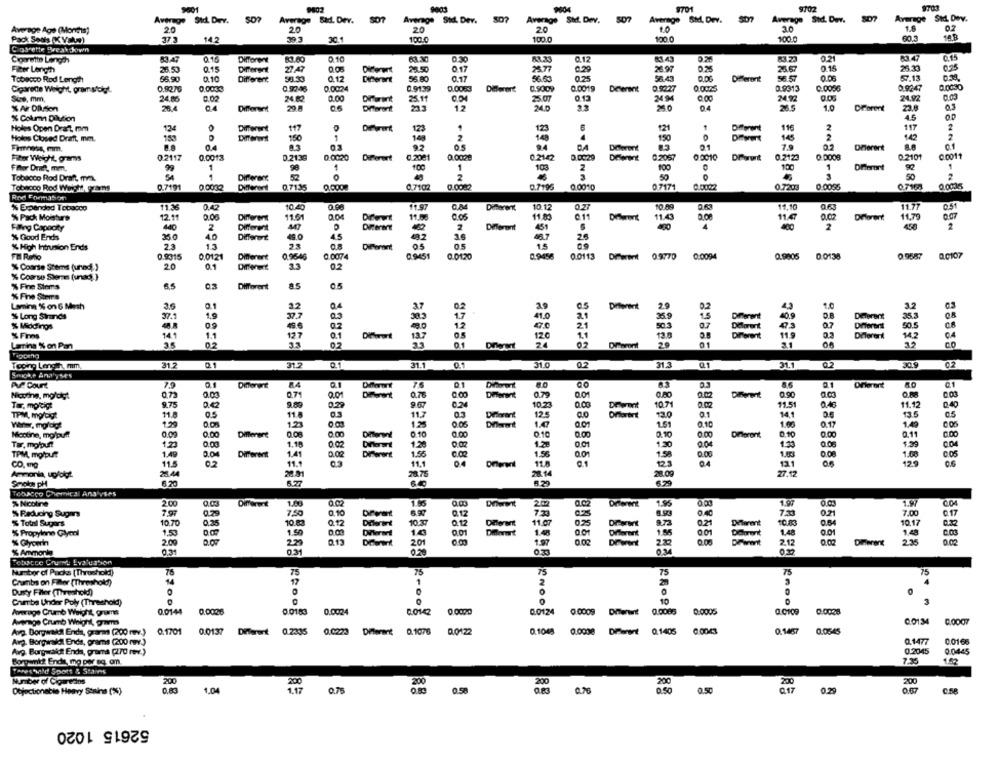
9701
9102
9001
9802
9003
9804
Average Sid. Diev. 507
Average Sid. Dev.
Average Std. Dev.
Average Sted. Dev.
507
Average 5M, Derv.
Average Std. Dev.
807
Average Std. Dev.
Average Age (Months)
20
20
20
20
10
1.8
Pack Seuls (K Vale)
37.3
14.2
20.4
100.0
100.0
100 0
100.0
441
Ciosrette Break Sown
Cigarette Length
83.47
Different
0.10
0.30
83.33
0.12
81.43
83.23
6347
0.15
Filter Length
26.53
0.15
2747
Different
23.50
25.77
0.29
26 97
26.57
0.15
02
0.10
33.33
53.43
56.57
0.06
57.13
Tobacco Rod Length
56.90
Different
0.12
Diferent
Different
Cigarette Weight gramsfolgt.
0.9270
0,0053
0.9246
0.0024
0.9139
0.0083
Different
0.9009
0.0019
D.9227
0.0075
0.9313
0.0036
0.92:47
0.0030
Size. mm,
24.86
0.02
24.82
0.00
25.11
25.07
0.13
34.94
0.00
24.92
0.06
24.92
% AFr Dllusion
28.4
04
Different
20 8
Diferent
12
24.0
04
26
1.0
Different
23.8
03
4.5
% Column Dilution
Holes Open Draft, mm
124
O
Different
Diegrant
123
123
121
Different
116
2
117
2
Holos Closed Draft mm.
150
2
140
4
150
145
2
142
2
04
92
05
94
BA
Dowrent
7.0
Dherent
Fiber Weight, grams
0.2117
0.0013
D.21:39
0.0020
Different
0.2001
0.0029
0.2142
0.00:29
0.2057
00010
DiPorent
0.2123
02101
0.0011
Ffor Oneh, mm.
99
1
98
1
103
100
1
Tobacco Rod Draft. m.
54
Different
52
88
2
50
50
Tobacco Rod Weight wns
0.7191
0 0032
Different
0.7135
0.0000
0.7102
0.0082
0.7195
0.0010
0.7171
0.0002
0.7203
0 0035
0.7168
0.0036
Ree Formation
% Expended Tobacco
11.36
0.42
10.40
0.98
11.9
Different
10.12
10.89
11.10
0.63
11.77
O.S
0.04
Co
% Pack Moisture
12.11
0.06
Different
11.61
11.83
Diferent
11.43
11.47
Drforent
11,79
0.07
Faling Capacity
440
2
Different
DReret
2
Different
451
4
400
2
% Good Ends
40
Different
45
36
26
% High Intrusion Ends
23
23
Diffwant
05
15
0.9315
0.0121
Different
0.9546
0.0074
01451
0.0120
0.9456
0.0113
Diferent 0.9770
0:0094
0.9606
20130
0.9587
00107
% Coarse Stems (unac) )
20
0.1
Different
3.3
0.2
% Coarse Sterns (unad) )
% Fine Stems
es
03
Different
8.5
05
% Fine Stema
Laming % on 6 Mash
3.6
32
Q4
2.9
Diferent
2.9
0.2
1.0
3.2
1.9
37
% Long Strands
37.
41.0
15
Different
Deterent
35.3
% Middings
09
12
47.0
21
Dieflorent
07
Diferent
50.5
% Finns
14.1
1.1
12.7
0.1
13.7
120
1.1
12.0
Different
11.9
Diferent
142
Lanina % on Pan
02
33
02
33
0.1
24
29
31
32
Icong Length mm.
31.2
0.1
31.2
01
31.1 0.1
0.1
31.0
02
31.3
Q1
31.1
0.2
30.9
Smoke Analyse's
Avf Court
7.9
0.1
Different
0.1
Different
76
8.0
63
03
0.1
Different
0.00
0.0
Diferent
0.75
0.00
Different
0.79
0.90
Tar. moltigt
9.75
0.42
9.89
0.29
9.67
0.24
10.23
0.03
10.71
11.51
0.48
11.12
0.40
TPM, mg/cigt
0.5
11.8
11.7
03
12.5
Differentt
130
0.1
14,1
13.5
11.8
125
1.55
147
1.51
0.17
1,49
Nicotine, mollpuff
0.00
0.00
Different
0.08
0.00
0.10
0.10
0.10
Dinoront
0.10
0.11
Tar, molouft
123
1.18
0.02
1.20
1.28
001
0.04
130
TPM, motpult
1.49
0.04
Differentt
1.41
0.02
Diferent
1.55
1.56
0.01
1.50
0.08
1.60
0.08
1.08
CO, mg
11.5
02
11.1
11.1
Diferent
11.8
0.1
04
121
12.9
Ammonia, upfolgt.
25.44
28.81
28.76
28.14
28.00
27.12
Smoke pH
6.29
6.2
Tobacco Chemical Analyses
% Nicotine
2.00
1.60
0.00
1.95
1.97
0.Ca
1.97
C.04
% Reducing Sugmrs
7.97
0.79
7,5
0.10
Dreat
0.12
7.30
0.4C
7.30
0.21
7.00
0.17
10.70
0.35
0.12
10.37
8.73
0.21
Diferent
10.17
% Total Sugars
10.83
Diferent
0.12
11.07
10.83
0.64
% Propylene Glycol
1.50
Diferent
0.01
Diformt
1.40
1.85
Dobrent
1.48
0.01
1.48
2.00
0.07
220
201
1.97
Drwent
2.32
0.05
Drawit
2.12
Different
2.35
0.02
% Ammonia
0.31
0.31
0.20
Tebacce Crum! Lvaluation
Number of Packs [Threshold)
75
75
76
75
75
75
75
Crumbs on Filler [Threshold)
14
12
1
2
20
Dusty Filer (Threshold)
Cherba Under Poly (Threshold)
10
3
Average Crumb Weight, grunnet
0.0144
0.0006
0.0183
0.0024
0.0142 0.0000
0.0124
0:0009 Diferentt
0.0085
0:0005
0:0088
Average Crumb Weight, gram
0.0134
Avg. Borgerakal Enda, gramma (200 mv.)
0.1701
0.0137 Different 0.2335 0.0223 Different 0.1076 0.0422
0.1048
0.0000 Diferent
0.1405
0.1467
0.0545
Avg. Borgerskal Ends, grams (200 (v.)
0.1477
0.0166
Avg. Borgwaldt Enda, grama (270 rev.)
0.2045
0.0445
152
Borgranit Endit, mg per eg, om.
Tares wild Spots & Stairs
Number of Cigaredos
200
200
200
200
200
200
200
1.04
1.17
0.75
0.76
0.50
0.17
Objectionable Heavy Stains (%)
0.58
0.50
0.29
cse
52615 1020